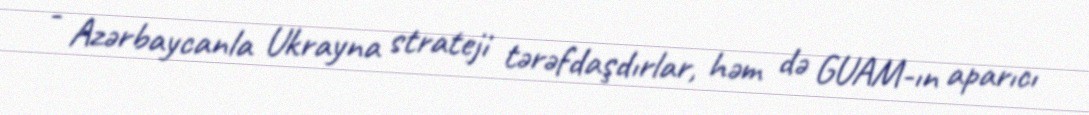
- Azərbaycanla Ukrayna strateji tərəfdaşdırlar, həm də GUAM-ın aparıcı